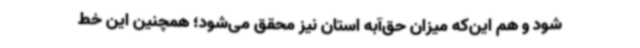
شود و هم این‌که میزان حق‌آبه استان نیز محقق می‌شود؛ همچنین این خط